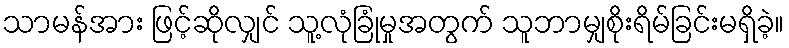
သာမန်အား ဖြင့်ဆိုလျှင် သူ့လုံခြုံမှုအတွက် သူဘာမျှစိုးရိမ်ခြင်းမရှိခဲ့။